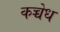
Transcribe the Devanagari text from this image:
कच्चेध